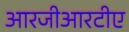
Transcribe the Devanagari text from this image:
आरजीआरटीए